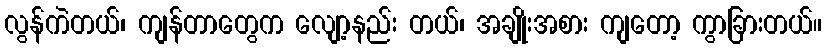
လွန်ကဲတယ်၊ ကျန်တာတွေက လျော့နည်း တယ်၊ အချိုးအစား ကျတော့ ကွာခြားတယ်။